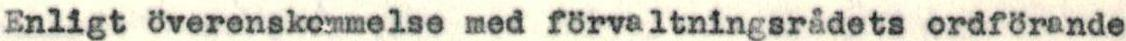
Enligt Överenskommelse med förvaltningsrådets ordförande